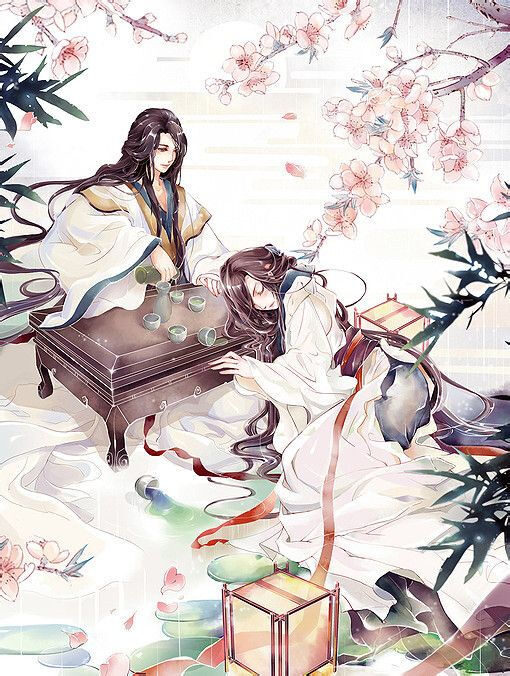
怜夜冷孀娥，相伴孤照。